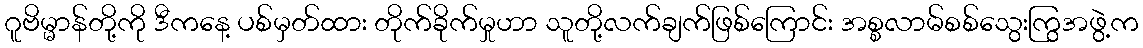
ဂူဗိမ္မာန်တို့ကို ဒီကနေ့ ပစ်မှတ်ထား တိုက်ခိုက်မှုဟာ သူတို့လက်ချက်ဖြစ်ကြောင်း အစ္စလာမ်စစ်သွေးကြွအဖွဲ့က